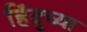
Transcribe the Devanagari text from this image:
हिंदुच्या